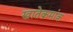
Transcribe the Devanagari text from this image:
खातेक्रमांक